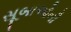
સૂબાઓની